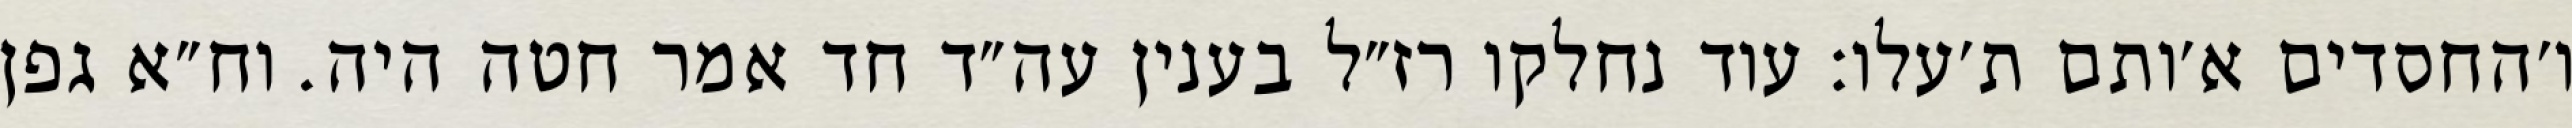
ו׳החסדים א׳ותם ת׳עלו: עוד נחלקו רז״ל בענין עה״ד חד אמר חטה היה. וח״א גפן